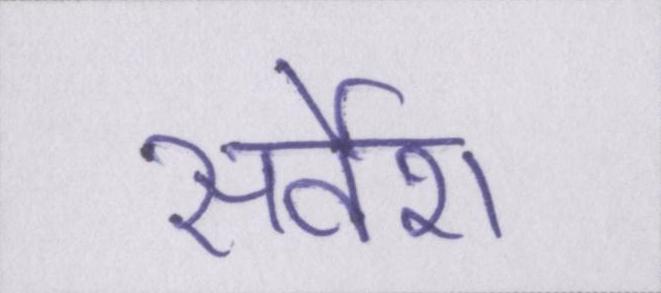
सर्वेश